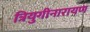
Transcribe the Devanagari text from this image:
त्रियुगीनारायण